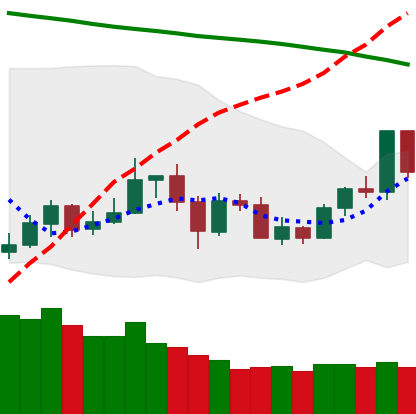
Ticker: LTC-USD
Chart end date: 2020-05-31
Forward return: 3.205%
Label: up_3_5